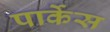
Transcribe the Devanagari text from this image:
पार्केस